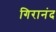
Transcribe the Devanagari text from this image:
गिरानंद